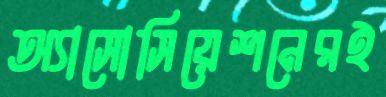
অ্যাসোসিয়েশনেরই